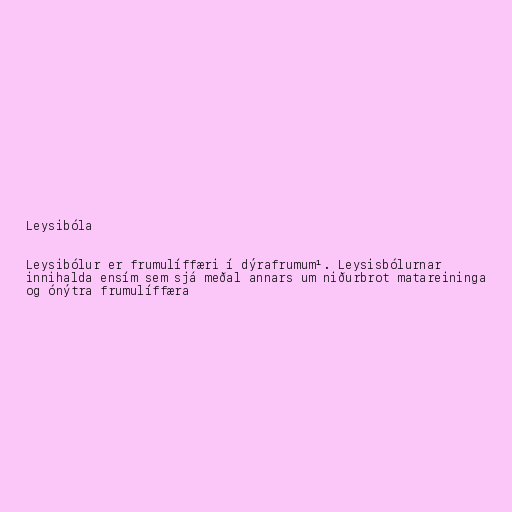
Leysibóla

Leysibólur er frumulíffæri í dýrafrumum¹. Leysisbólurnar
innihalda ensím sem sjá meðal annars um niðurbrot matareininga
og ónýtra frumulíffæra